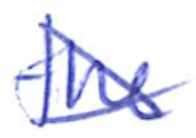
Text: the
Cross-out: cross
Writing tool: ballpoint